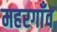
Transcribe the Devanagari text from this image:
महरगाँव